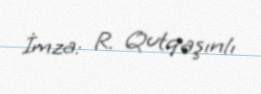
İmza: R. Qutqaşınlı